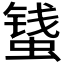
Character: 𱿾